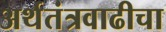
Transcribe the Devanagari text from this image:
अर्थतंत्रवाढीचा